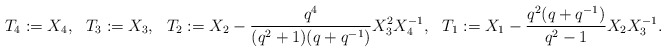
\begin{align*}T_4&{}:=X_4, &T_3&{}:=X_3, & T_2&{}:=X_2-\frac{q^4}{(q^2+1)(q+q^{-1})} X_3^2 X_4^{-1}, & T_1&{}:= X_1-\frac{q^2(q+q^{-1})}{q^2-1}X_2 X_3^{-1}.\end{align*}